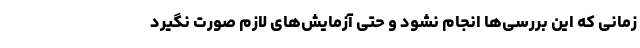
زمانی که این بررسی‌ها انجام نشود و حتی آزمایش‌های لازم صورت نگیرد